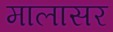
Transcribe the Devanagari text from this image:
मालासर